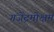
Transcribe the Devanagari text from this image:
गजेंद्रमोक्षम